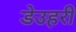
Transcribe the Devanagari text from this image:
डेउहरी